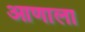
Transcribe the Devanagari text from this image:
आणाला